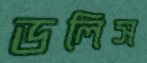
ডলিস